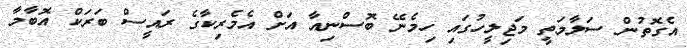
އެގޮތުން ސަލާމަތީ މަޖިލީހުގައި ހިމެނޭ ބޮސްނިއާ އަށް އެމެރިކާގެ ރައީސް ބަރަކް އޮބާމާ